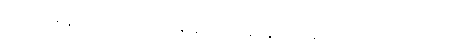
အာဟ၊ မိန့်တော်မူ၏။ ဘန္တေ နာဂသေန၊ နာဂသိန်ကိုယ်တော်အရှင်ဘုရား။